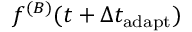
f ^ { ( B ) } ( t + \Delta t _ { \mathrm { a d a p t } } )